Report on vaccination in Madras 1895-1903 - 1895-1903
Year: 1895
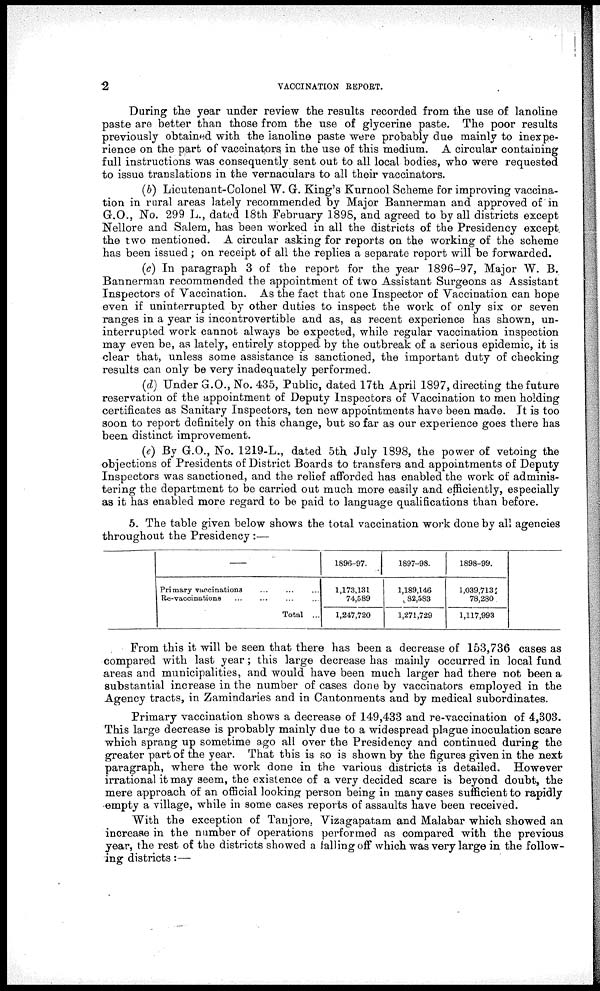
2
VACCINATION REPORT.
During the year under review the results recorded from the use of lanoline
paste are better than those from the use of glycerine paste. The poor results
previously obtained with the lanoline paste were probably due mainly to inexpe-
rience on the part of vaccinators, in the use of this medium. A circular containing
full instructions was consequently sent out to all local bodies, who were requested
to issue translations in the vernaculars to all their vaccinators.
(b) Lieutenant-Colonel W. G. King's Kurnool Scheme for improving vaccina-
tion in rural areas lately recommended by Major Bannerman and approved of in
G.O., No. 299 L., dated 18th February 1898, and agreed to by all districts except
Nellore and Salem, has been worked in all the districts of the Presidency except.
the two mentioned. A circular asking for reports on the working of the scheme
has been issued; on receipt of all the replies a separate report will be forwarded.
(c) In paragraph 3 of the report for the year 1896-97, Major W. B.
Bannerman recommended the appointment of two Assistant Surgeons as Assistant
Inspectors of Vaccination. As the fact that one Inspector of Vaccination can hope
even if uninterrupted by other duties to inspect the work of only six or seven
ranges in a year is incontrovertible and as, as recent experience has shown, un-
interrupted work cannot always be expected, while regular vaccination inspection
may even be, as lately, entirely stopped by the outbreak of a serious epidemic, it is
clear that, unless some assistance is sanctioned, the important duty of checking
results can only be very inadequately performed.
(d) Under G.O., No. 435, Public, dated 17th April 1897, directing the future
reservation of the appointment of Deputy Inspectors of Vaccination to men holding
certificates as Sanitary Inspectors, ten new appointments have been made. It is too
soon to report definitely on this change, but so far as our experience goes there has
been distinct improvement.
(e) By G.O., No. 1219-L., dated 5th July 1898, the power of vetoing the
objections of Presidents of District Boards to transfers and appointments of Deputy
Inspectors was sanctioned, and the relief afforded has enabled the work of adminis-
tering the department to be carried out much more easily and efficiently, especially
as it has enabled more regard to be paid to language qualifications than before.
5. The table given below shows the total vaccination work done by all agencies
throughout the Presidency :—
—
Primary vaccinations ... ... ...
Re-vaccinations ... ... ... ...
Total ...
1896-97.
1,173,131
74,589
1,247,720
1897-98.
1,189,146
82,583
1,271,729
1898-99.
1,039,713
78,280
1,117,993
From this it will be seen that there has been a decrease of 153,736 cases as
compared with last year; this large decrease has mainly occurred in local fund
areas and municipalities, and would have been much larger had there not been a
substantial increase in the number of cases done by vaccinators employed in the
Agency tracts, in Zamindaries and in Cantonments and by medical subordinates.
Primary vaccination shows a decrease of 149,433 and re-vaccination of 4,303.
This large decrease is probably mainly due to a widespread plague inoculation scare
which sprang up sometime ago all over the Presidency and continued during the
greater part of the year. That this is so is shown by the figures given in the next
paragraph, where the work done in the various districts is detailed. However
irrational it may seem, the existence of a very decided scare is beyond doubt, the
mere approach of an official looking person being in many cases sufficient to rapidly
empty a village, while in some cases reports of assaults have been received.
With the exception of Tanjore, Vizagapatam and Malabar which showed an
increase in the number of operations performed as compared with the previous
year, the rest of the districts showed a falling off which was very large in the follow-
ing districts:—